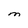
Character: M